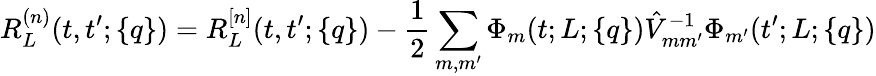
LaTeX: R_{L}^{(n)}(t,t^{\prime};\{ q\} )=R_{L}^{[n]}(t,t^{\prime};\{ q\} )-\frac{1}{2}\sum_{m,m^{\prime}}\Phi_{m}(t;L;\{ q\} )\hat{V}_{mm^{\prime}}^{-1}\Phi_{m^{\prime}}(t^{\prime};L;\{ q\} )